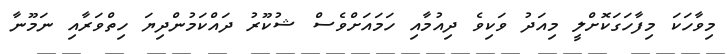
މިވާހަކަ މިފާހަގަކޮށްލީ މިއަދު ވަކިވެ ދިއުމާއި ހަމައަށްވެސް ޝުކޫރު ދައްކަމުންދިޔަ ހިތްވަރާއި ނަމޫނާ